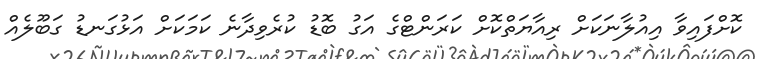
ކޮށްފައިވާ އިއުލާނަކަށް ރިއާޔަތްކޮށް ކަރަންޓްގެ އަގު ބޮޑު ކުރެވިދާނެ ކަމަކަށް އަޅުގަނޑު ގަބޫލެއް